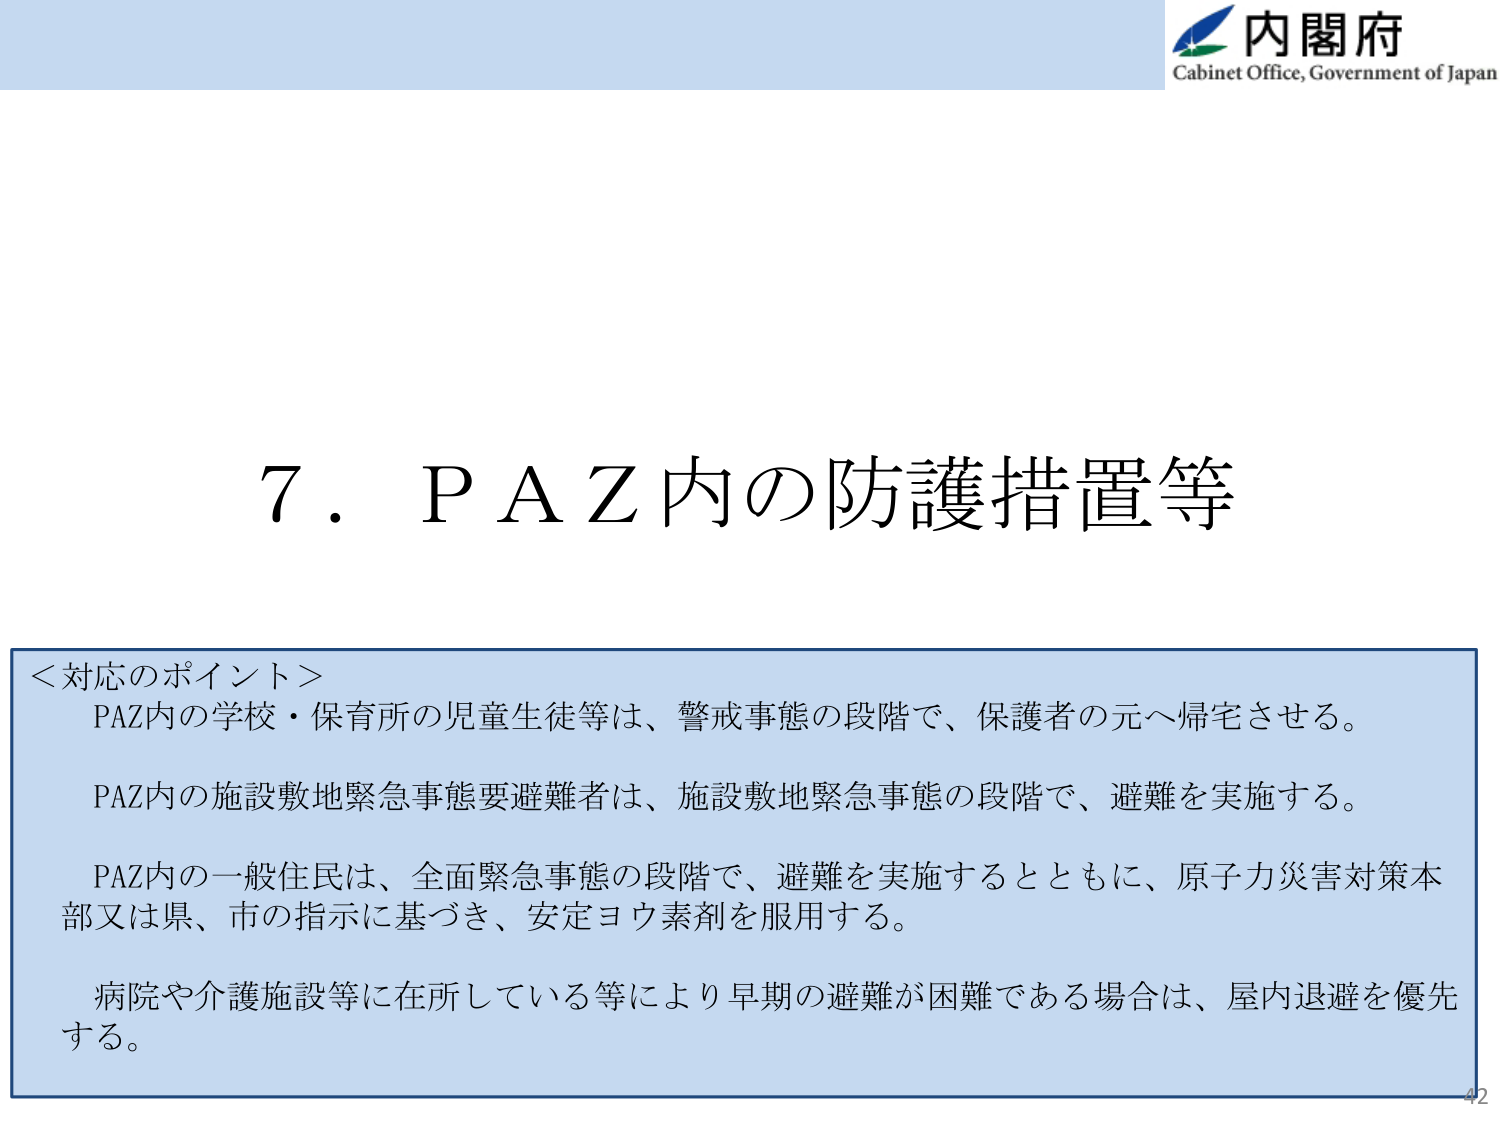
内閣府
Cabinet Office, Government of Japan

7．ＰＡＺ内の防護措置等

＜対応のポイント＞
PAZ内の学校・保育所の児童生徒等は、警戒事態の段階で、保護者の元へ帰宅させる。
PAZ内の施設敷地緊急事態要避難者は、施設敷地緊急事態の段階で、避難を実施する。
PAZ内の一般住民は、全面緊急事態の段階で、避難を実施するとともに、原子力災害対策本部又は県、市の指示に基づき、安定ヨウ素剤を服用する。
病院や介護施設等に在所している等により早期の避難が困難である場合は、屋内退避を優先する。

42